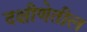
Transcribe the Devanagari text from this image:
दक्षीणेतील